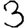
Digit: 3